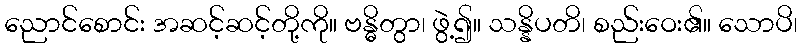
ညောင်စောင်း အဆင့်ဆင့်တို့ကို။ ဗန္ဓိတွာ၊ ဖွဲ့၍။ သန္နိပတိ၊ စည်းဝေး၏။ သောပိ၊